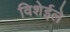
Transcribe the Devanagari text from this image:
विशेईले